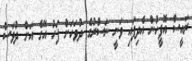
ރައީސް އޮފީހުން އެދިފައި ވަނީ ނަސްރުގެ ދުވަހަށް ފަހު އޭގެ އަށް ދުވަސް